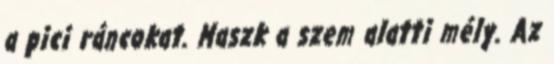
a pici ráncokat. Maszk a szem alatti mély. Az